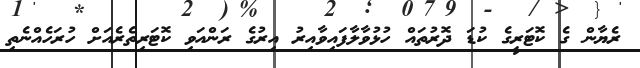
ރެޔާން ގެ ކޮޓަރީގެ ކުޑަ ދޮރުތައް ހުޅުވާލާފައިވާއިރު އިރުގެ ރަންއަވި ކޮޓަރިތެރެއަށް ހުރަހެއްނެތި